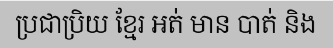
ប្រជាប្រិយ ខ្មែរ អត់ មាន បាត់ និង